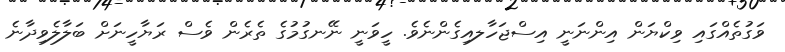
ވަގުތެއްގައި ވިކްޔަން އިންނަނީ އިސްޖަހާލއިގެންނެވެ. ހީވަނީ ނޭނގުމުގެ ތެރެން ވެސް ރަޔާހީނަށް ބަލާލެވިދާނެ